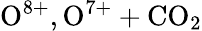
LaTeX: \mathrm{O^{8+},O^{7+}+CO_{2}}